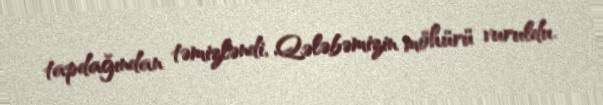
tapdağından təmizləndi, Qələbəmizin möhürü vuruldu.